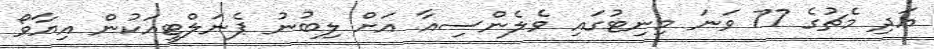
އަދި މެޗުގެ 77 ވަނަ މިނިޓުގައި ވެލެންސިއާ އަށް ލިބުނު ޕެނަލްޓީއަކުން އިޔާވޯ